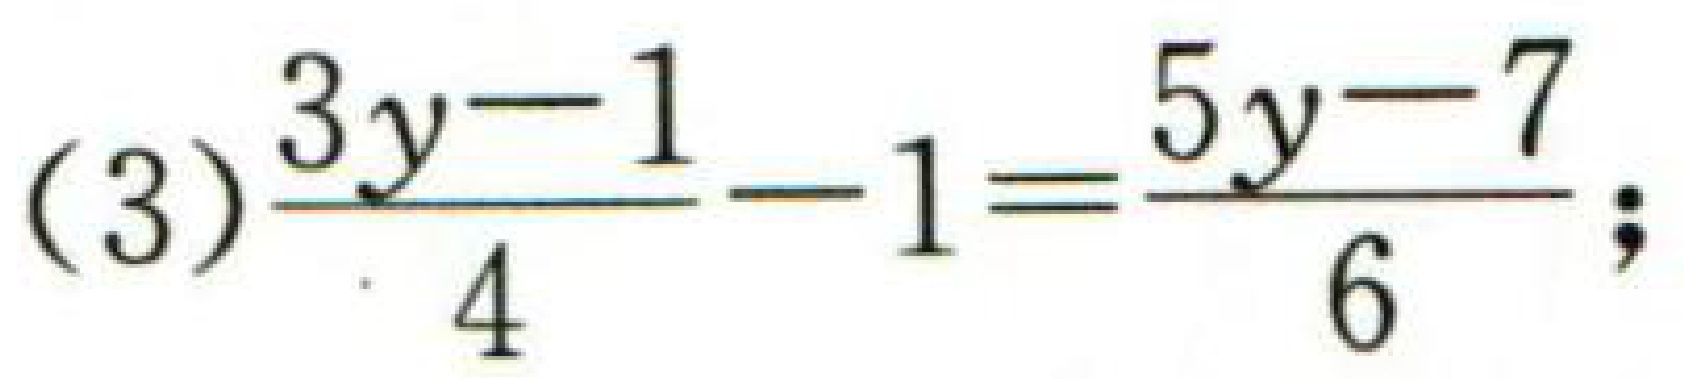
(3)$$\frac{3y - 1}{4}-1=\frac{5y - 7}{6};$$